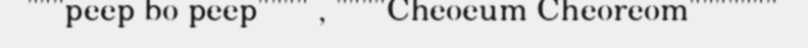
"""peep bo peep"""" , """"Cheoeum Cheoreom"""""""